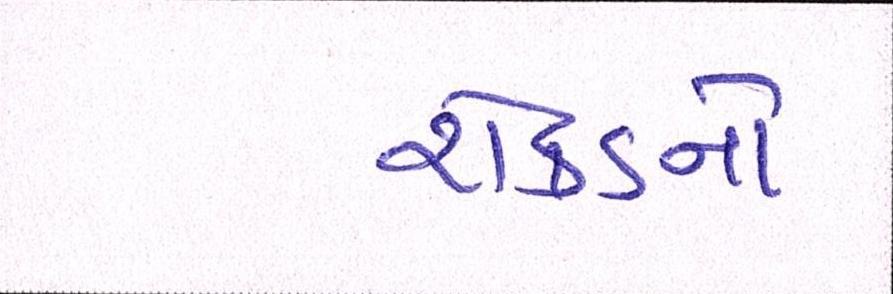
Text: રોકડનો